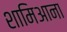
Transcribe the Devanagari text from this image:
शामिआना